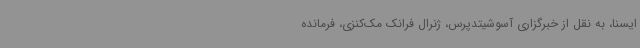
ایسنا، به نقل از خبرگزاری آسوشیتدپرس، ژنرال فرانک مک‌کنزی، فرمانده